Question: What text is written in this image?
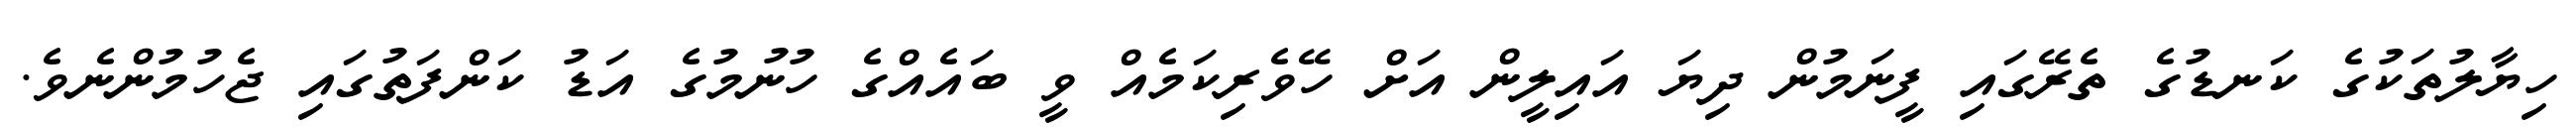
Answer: ހިޔާލުތަކުގެ ކަނޑުގެ ތެރޭގައި ފީނަމުން ދިޔަ އައިލީން އަށް ހޭވެރިކަމެއް ވީ ބައެއްގެ ހުނުމުގެ އަޑު ކަންފަތުގައި ޖެހުމުންނެވެ.